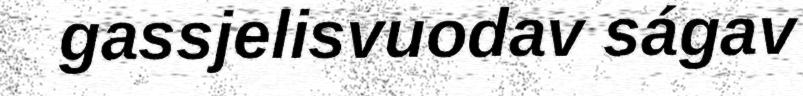
gassjelisvuodav ságav